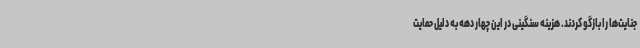
جنایت‌ها را بازگو کردند. هزینه سنگینی در این چهار دهه به دلیل حمایت